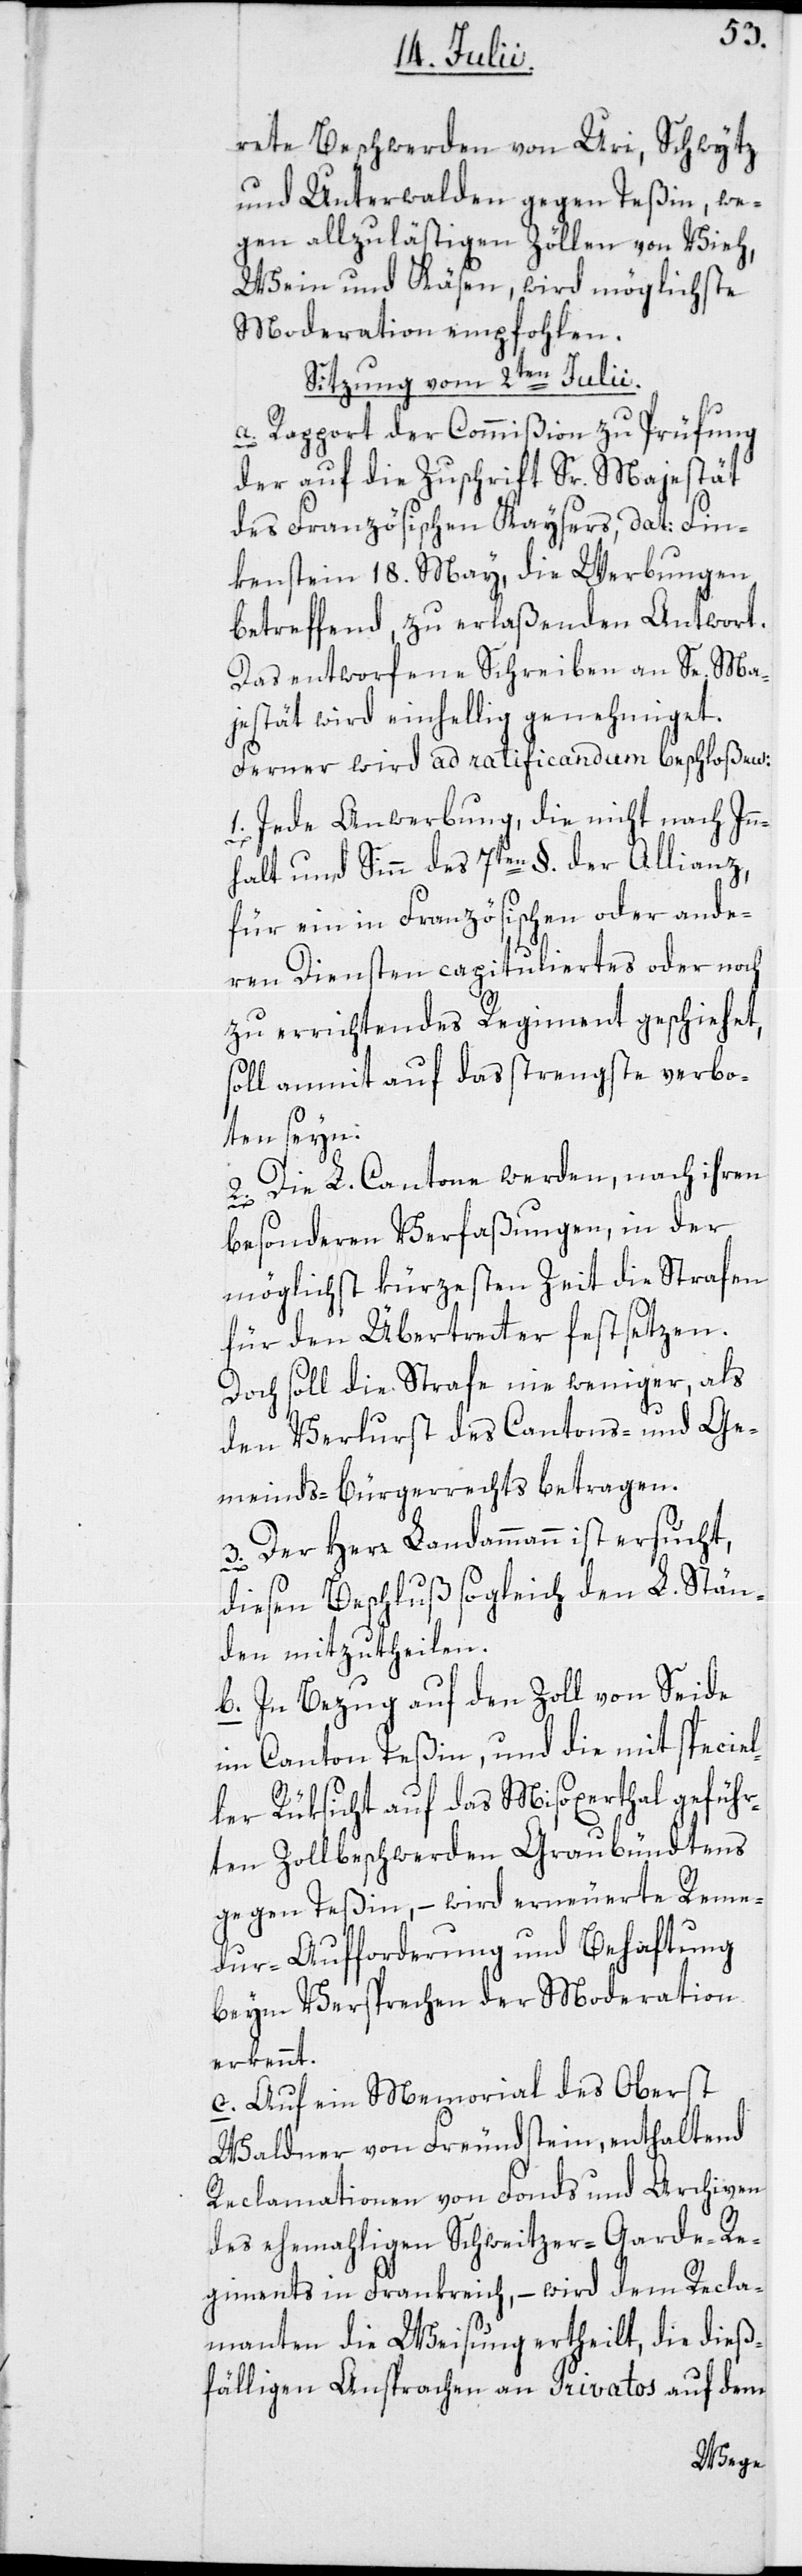
rete Beschwerden von Uri, Schwytz
und Unterwalden gegen Teßin, we¬
gen allzu lästigen Zöllen von Vieh,
Wein und Käsen, wird möglichste
Moderation empfohlen.
Sitzung vom 2ten Julii.
a. Rapport der Commißion zu Prüfung
der auf die Zuschrift Sr. Majestät
des Französischen Kaysers, dat: Fin¬
kenstein 18. May, die Werbungen
betreffend, zu erlaßenden Antwort.
Das entworfene Schreiben an Se. Ma¬
jestät wird einhellig genehmiget.
Ferner wird ad ratificandum beschloßen:
1. Jede Anwerbung, die nicht nach Inn¬
halt und Sinn des 7ten §. der Allianz,
für ein in Französischen oder ande¬
ren Diensten capituliertes oder noch
zu errichtendes Regiment geschiehet,
soll anmit auf das strengste verbo¬
ten seyn.
2. Die L. Cantone werden, nach ihren
besonderen Verfaßungen, in der
möglichst kürzesten Zeit die Strafen
für den Übertretter festsetzen.
Doch soll die Strafe nie weniger, als
den Verlurst des Cantons- und Ge¬
meinds-Bürgerrechts betragen.
3. Der Herr Landammann ist ersucht,
diesen Beschluß sogleich den L. Stän¬
den mitzutheilen.
b. In Bezug auf den Zoll von Seide
im Canton Teßin, und die mit speciel¬
ler Rüksicht auf das Misoxertal geführ¬
ten Zollbeschwerden Graubündtens
gegen Teßin, – wird erneuerte Reme¬
dur-Aufforderung und Behaftung
beym Versprechen der Moderation
erkennt.
c. Auf ein Memorial des Oberst
Waldner von Freundstein, enthaltend
Reclamationen von Fonds und Archiven
des ehemahligen Schweitzer-Garde-Re¬
giments in Frankreich, – wird dem Recla¬
manten die Weisung ertheilt, die dieß¬
fälligen Ansprachen an Privatos auf dem